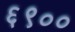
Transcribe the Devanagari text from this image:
६९००